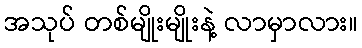
အသုပ် တစ်မျိုးမျိုးနဲ့ လာမှာလား။